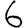
Digit: 6